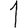
Digit: 1